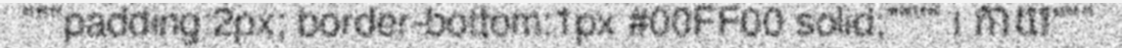
"""padding:2px; border-bottom:1px #00FF00 solid;"""" | កាយ"""